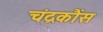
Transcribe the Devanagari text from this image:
चंद्रकौंस